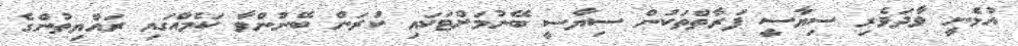
އުޅެނީ ވާދަވެރި ސިޔާސީ ފަރާތްތަކުން ސިޔާސީ ބޭނުމަށްޓަކައި ކުރަން ބޭނުންވާ ކަމެއްގައި ރައްޔިތުންގެ